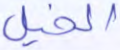
الخيل